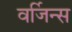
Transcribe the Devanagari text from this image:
वर्जिन्स